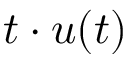
t \cdot u ( t )